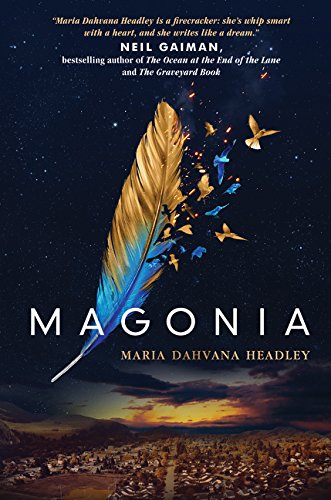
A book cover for Magonia; Maria Dahvana Headley; Teen & Young Adult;